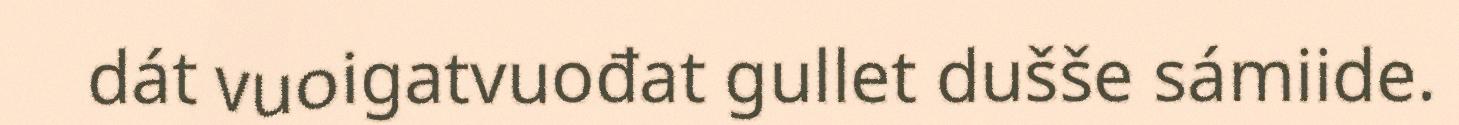
dát vuoigatvuođat gullet dušše sámiide.